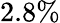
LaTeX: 2.8\%